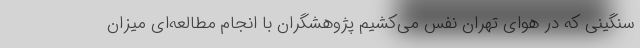
سنگینی که در هوای تهران نفس می‌کشیم پژوهشگران با انجام مطالعه‌ای میزان